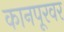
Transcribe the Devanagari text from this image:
कानपूरवर